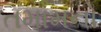
તમામનો